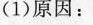
(1)原因：